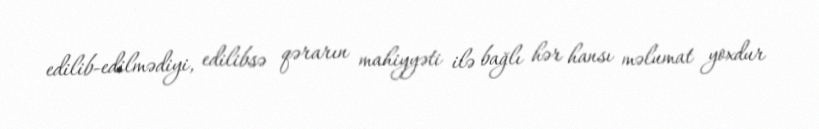
edilib-edilmədiyi, edilibsə qərarın mahiyyəti ilə bağlı hər hansı məlumat yoxdur